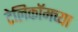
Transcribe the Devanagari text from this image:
टेलिकॉमच्या